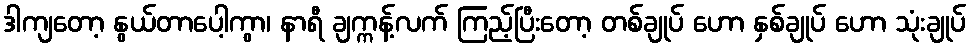
ဒါကျတော့ နွယ်တာပေါ့ကွာ၊ နာရီ ချက္ကန့်လက် ကြည့်ပြီးတော့ တစ်ချုပ် ဟော နှစ်ချုပ် ဟော သုံးချုပ်